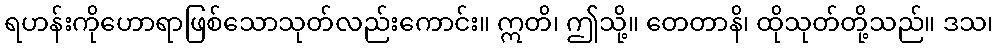
ရဟန်းကိုဟောရာဖြစ်သောသုတ်လည်းကောင်း။ ဣတိ၊ ဤသို့။ တေတာနိ၊ ထိုသုတ်တို့သည်။ ဒသ၊